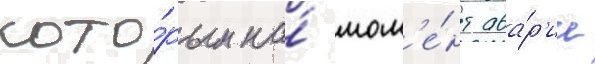
кото́рым на́ мом'е́нт ава́р'ии